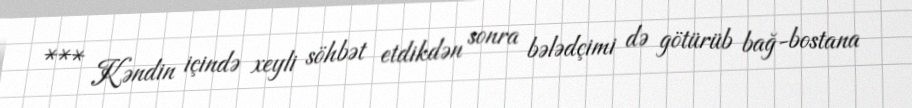
*** Kəndin içində xeyli söhbət etdikdən sonra bələdçimi də götürüb bağ-bostana